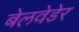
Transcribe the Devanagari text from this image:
बेलवेडेर